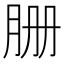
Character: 𦙽